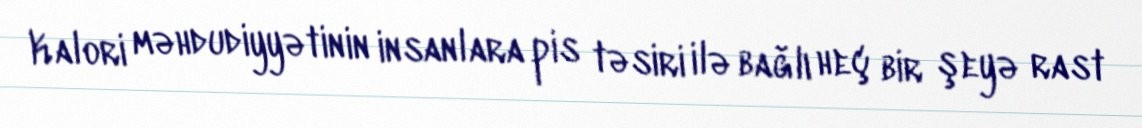
Kalori məhdudiyyətinin insanlara pis təsiri ilə bağlı heç bir şeyə rast